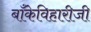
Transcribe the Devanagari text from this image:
बाँकेविहारीजी